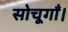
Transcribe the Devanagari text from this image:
सोचूगाँ।